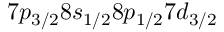
7 p _ { 3 / 2 } 8 s _ { 1 / 2 } 8 p _ { 1 / 2 } 7 d _ { 3 / 2 }